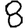
Digit: 8